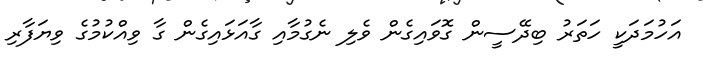
އަހުމަދަކީ ހަތަރު ބިދޭސީން ގޮވައިގެން ވެލި ނެގުމާއި ގާއަޅައިގެން ގާ ވިއްކުމުގެ ވިޔަފާރި